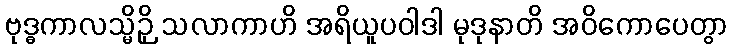
ဗုဒ္ဓကာလသ္မိဉှိ သလာကာဟိ အရိယူပဝါဒါ မုဒုနာတိ အဝိကောပေတွာ